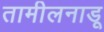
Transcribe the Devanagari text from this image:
तामीलनाडू